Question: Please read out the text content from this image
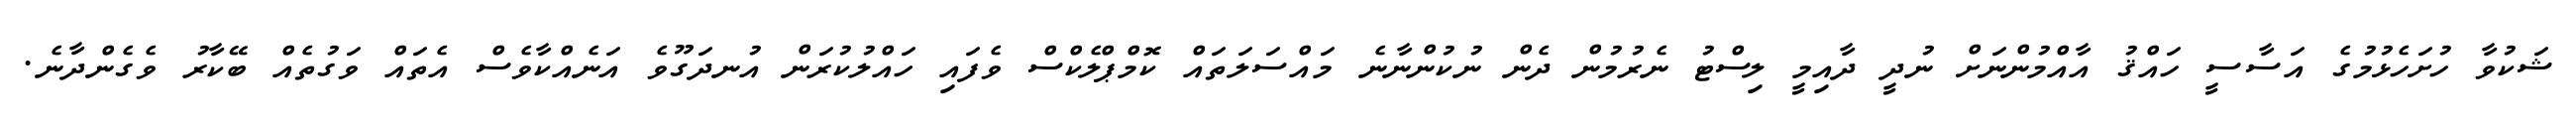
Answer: ޝަކުވާ ހުށަހެޅުމުގެ އަސާސީ ހައްޤު އާއްމުންނަށް ނުދީ ދާއިމީ ލިސްޓު ނެރުމުން ދެން ނުކުންނާނެ މައްސަލަތައް ކޮމްޕްލެކްސް ވެފައި ހައްލުކުރަން އުނދަގޫވެ އަނެއްކާވެސް އެތައް ވަގުތެއް ބޭކާރު ވެގެންދާނެ.